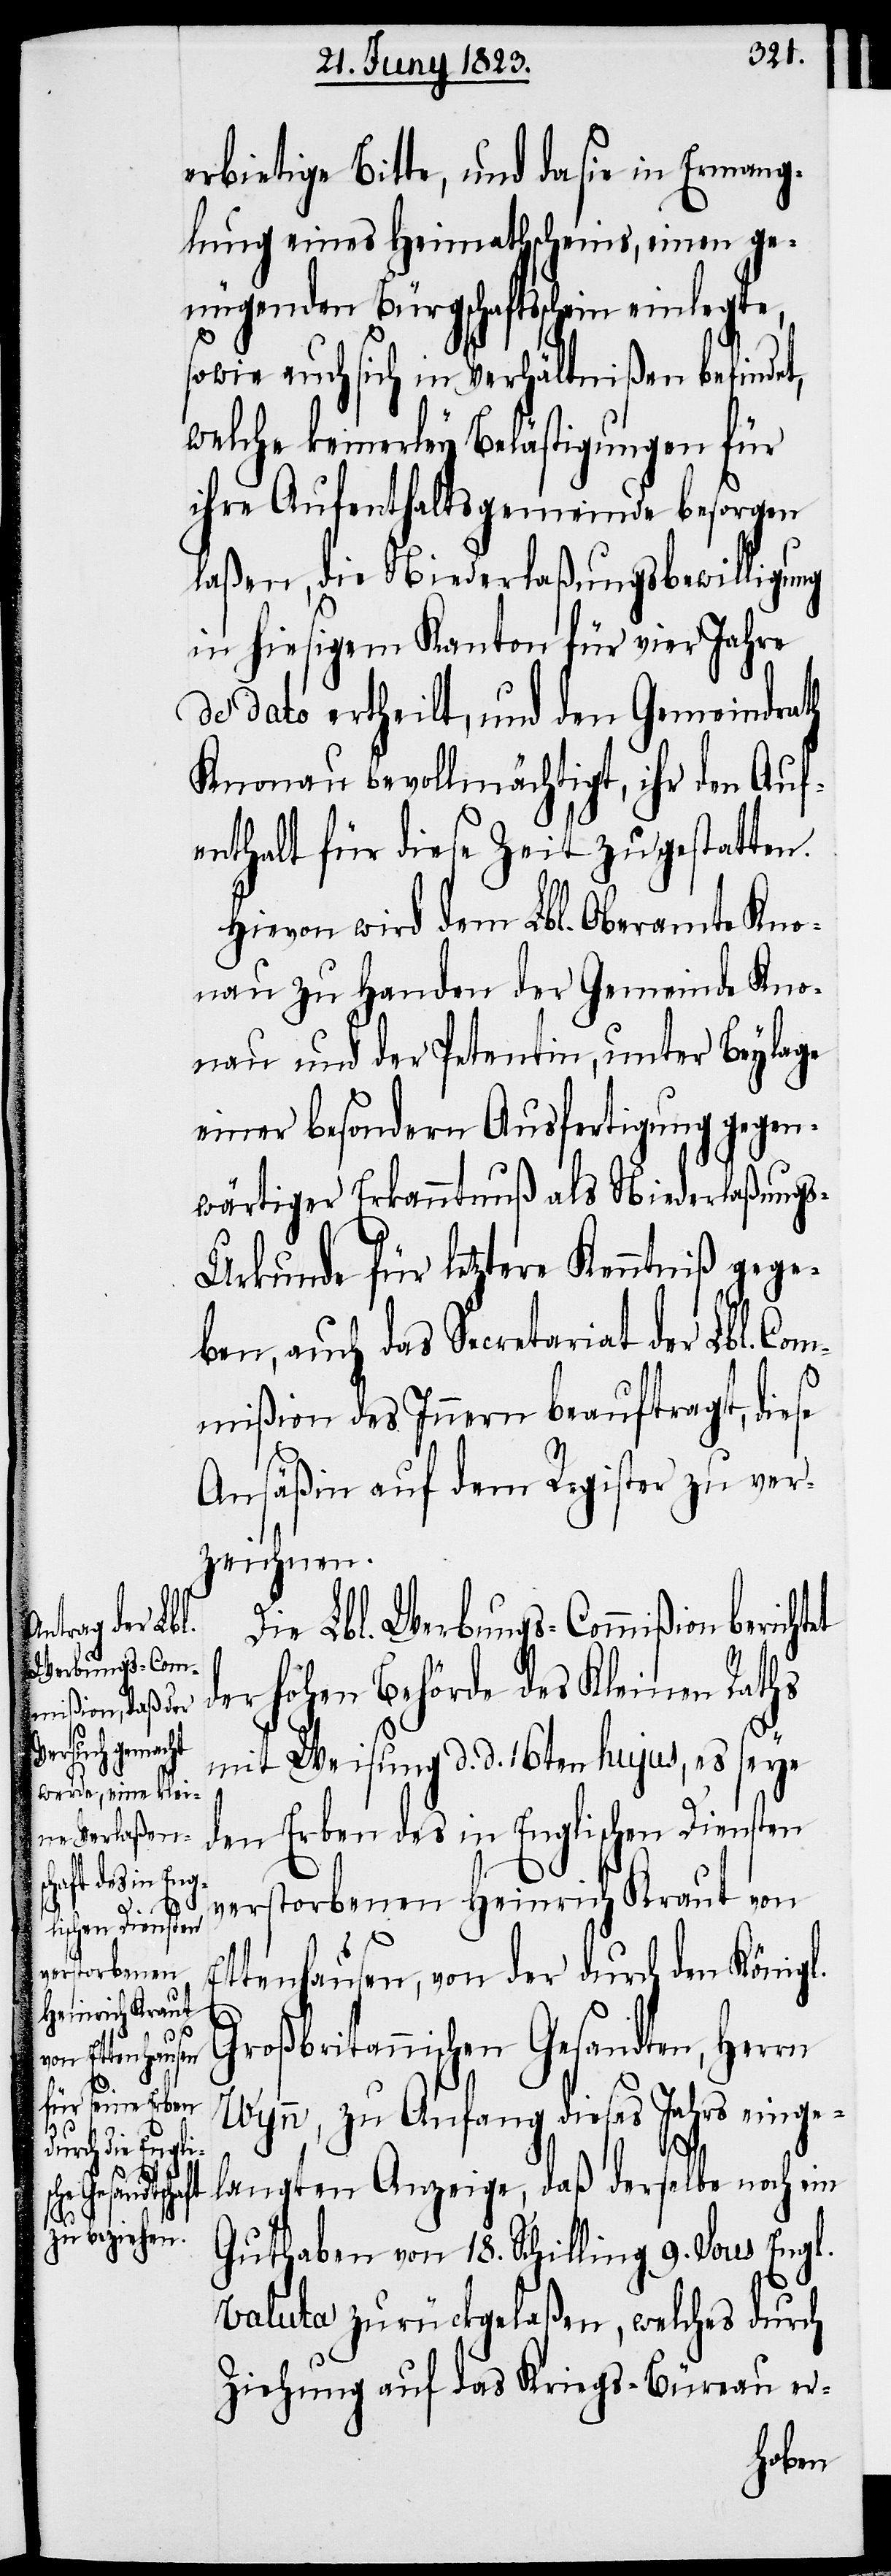
erbietige Bitte, und da sie in Ermang¬
lung eines Heimathscheins, einen ge¬
nügenden Bürgschaftsschein einlegte,
sowie auch sich in Verhältnißen befindet,
welche keinerley Belästigungen für
ihre Aufenthaltsgemeinde besorgen
laßen, die Niederlaßungsbewilligung
in hiesigem Kanton für vier Jahre
de dato ertheilt, und den Gemeindrath
Knonau bevollmächtigt, ihr den Auf¬
enthalt für diese Zeit zu gestatten.
Hievon wird dem Lbl. Oberamte Kno¬
nau zu Handen der Gemeinde Kno¬
nau und der Petentin, unter Beylage
einer besondern Ausfertigung gegen¬
wärtiger Erkanntnuß als Niederlaßung¬
s-Urkunde für letztere Kenntniß gege¬
ben, auch das Secretariat der Lbl. Co¬
mmißion des Innern beauftragt, diese
Ansäßin auf dem Register zu ver¬
zeichnen.
Die Lbl. Werbungs-Commißion bericht¬
der hohen Behörde des Kleinen Raths
mit Weisung d. d. 16ten hujus, es seye
den Erben des in Englischen Diensten
verstorbenen Heinrich Kraut von
Ettenhausen, von der durch den Königl.
Großbritannischen Gesandten, Herrn
Wynn, zu Anfang dieses Jahrs einge¬
et
langten Anzeige, daß derselbe noch ein
Guthaben von 18. Schilling 9. Sous Engl.
Valuta zurückgelaßen, welches durch
Ziehung auf das Kriegs-Büreau er-